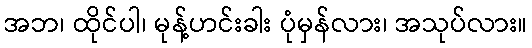
အဘ၊ ထိုင်ပါ၊ မုန့်ဟင်းခါး ပုံမှန်လား၊ အသုပ်လား။